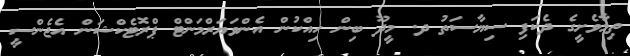
ތިމާވެށީގެ ދެކަފި ސިޔާސަތު ދ. މީދޫ ބިން ހިއްކުން އެންވަޔަރްމަންޓް ޕްރޮޓެކްޝަން އެޖެންސީ